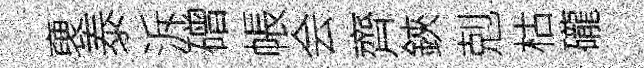
褏泰泝磳帳会齊鋏剋枯礲